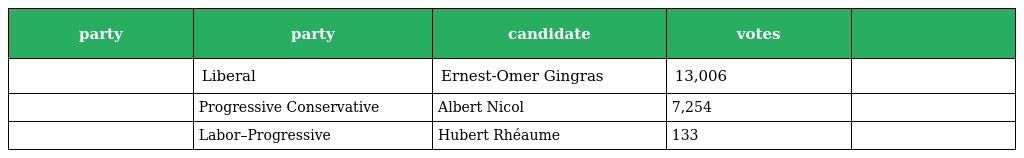
| party | party | candidate | votes |  |
 | --- | --- | --- | --- | --- |
 |  | Liberal | Ernest-Omer Gingras | 13,006 |  |
 |  | Progressive Conservative | Albert Nicol | 7,254 |  |
 |  | Labor–Progressive | Hubert Rhéaume | 133 |  |